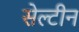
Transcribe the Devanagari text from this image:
सेल्टीन